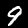
Label: 9